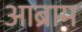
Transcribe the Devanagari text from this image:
आब्राम